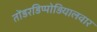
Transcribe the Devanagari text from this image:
तोंडरडिप्पोड़ियालवार